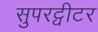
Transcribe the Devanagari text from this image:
सुपरट्वीटर